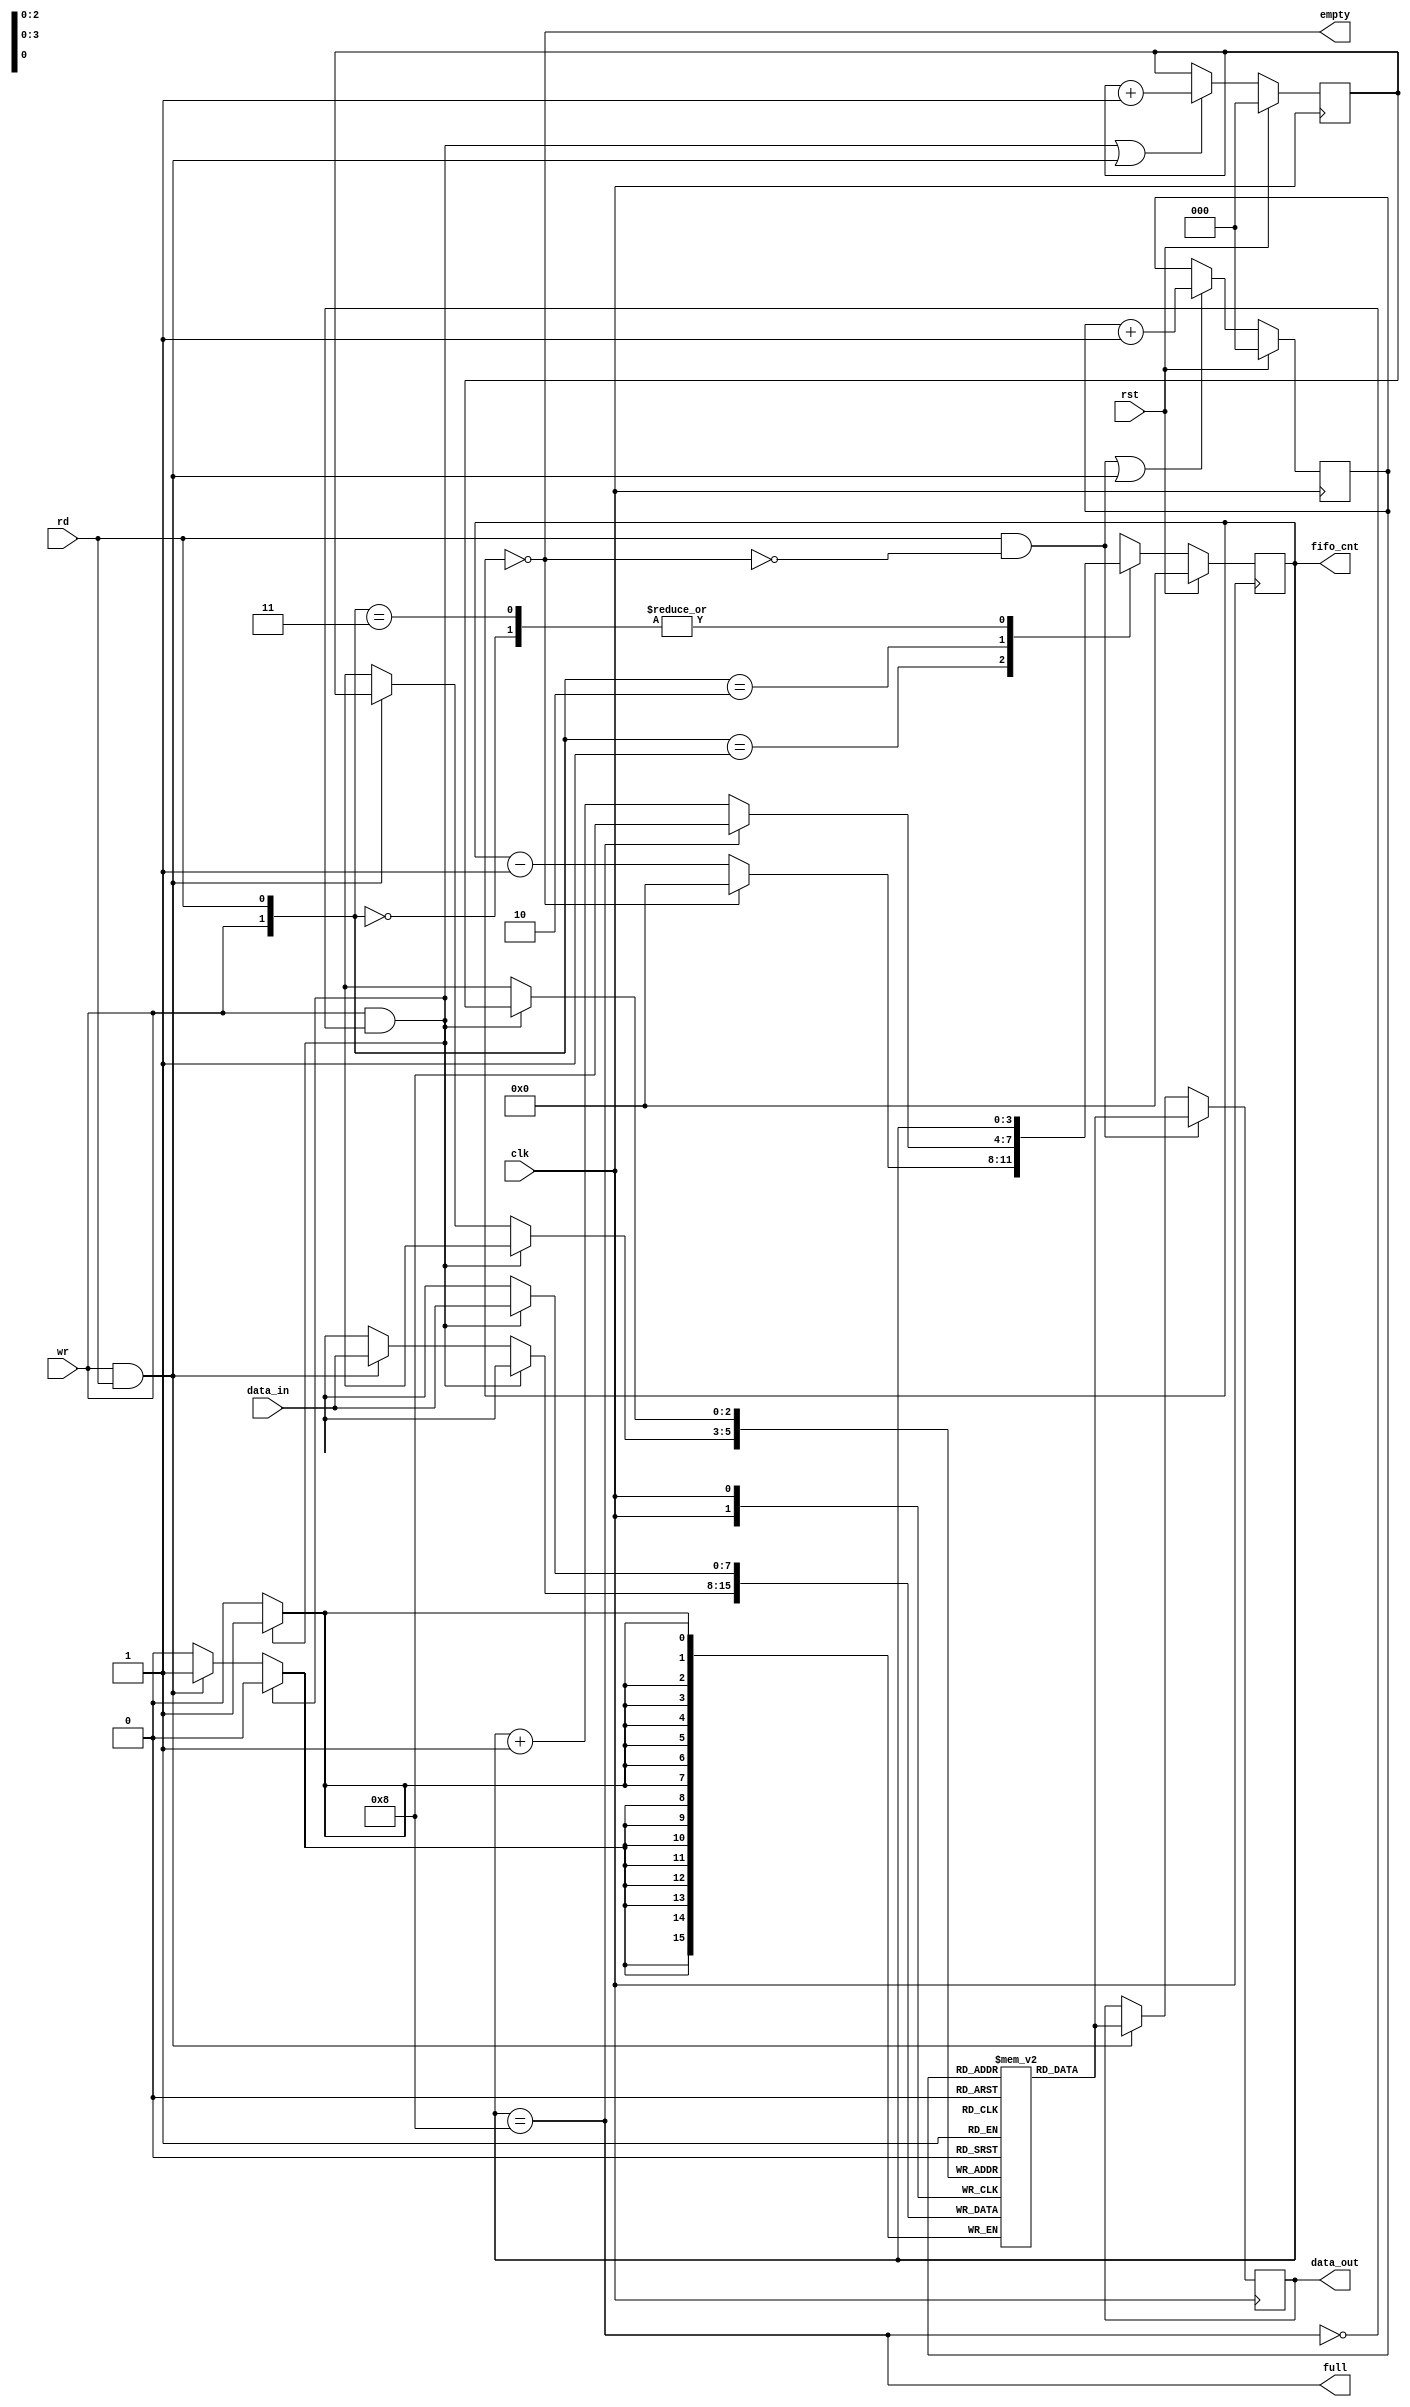
module Sync_FIFO ( data_in, clk, rst, rd, wr, empty, full, fifo_cnt, data_out ); 

input [7:0] data_in;
input clk, rst, rd, wr;
output empty, full;
output reg [3:0]fifo_cnt;
output reg [7:0] data_out;

reg [7:0] fifo_ram [0:7];
reg [2:0] rd_ptr, wr_ptr;

assign empty= (fifo_cnt==0);
assign full =(fifo_cnt==8);

always @(posedge clk) begin: write
if (wr && ! full)
fifo_ram [wr_ptr] <= data_in;
else if (wr && rd)
fifo_ram [wr_ptr] <= data_in;
end


always @ (posedge clk) begin: read
if (rd && !empty)
data_out <= fifo_ram [rd_ptr];
else if (rd && wr)
data_out <= fifo_ram [rd_ptr];
end

//pointer block
always @(posedge clk) begin: pointer
if (rst) begin
wr_ptr <= 0;
rd_ptr <= 0;
end 
else begin
wr_ptr <= ((wr && ! full) || (wr && rd)) ? wr_ptr+1 : wr_ptr;
rd_ptr <= ((rd && !empty) || (wr && rd)) ? rd_ptr+1: rd_ptr;
end
end

//counter
always @(posedge clk) begin: count
if (rst) fifo_cnt <= 0;
else begin
case ({wr, rd})
2'b00: fifo_cnt <= fifo_cnt;
2'b01: fifo_cnt <= (fifo_cnt==0) ? 0: fifo_cnt-1;
2'b10: fifo_cnt <= (fifo_cnt==8) ? 8: fifo_cnt+1;
2'b11 : fifo_cnt <= fifo_cnt;
default: fifo_cnt <= fifo_cnt;
endcase
end
end

endmodule